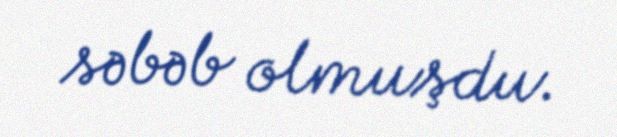
səbəb olmuşdu.